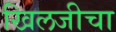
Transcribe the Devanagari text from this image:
खिलजीचा